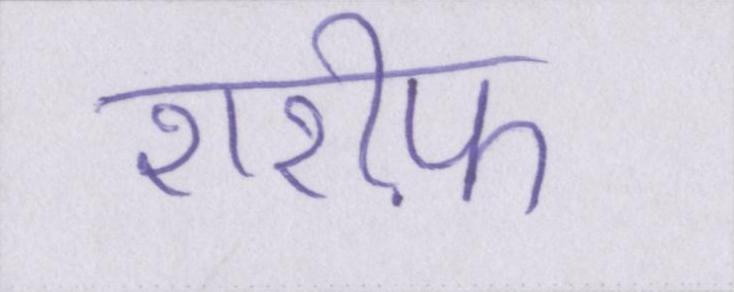
शरीफ़